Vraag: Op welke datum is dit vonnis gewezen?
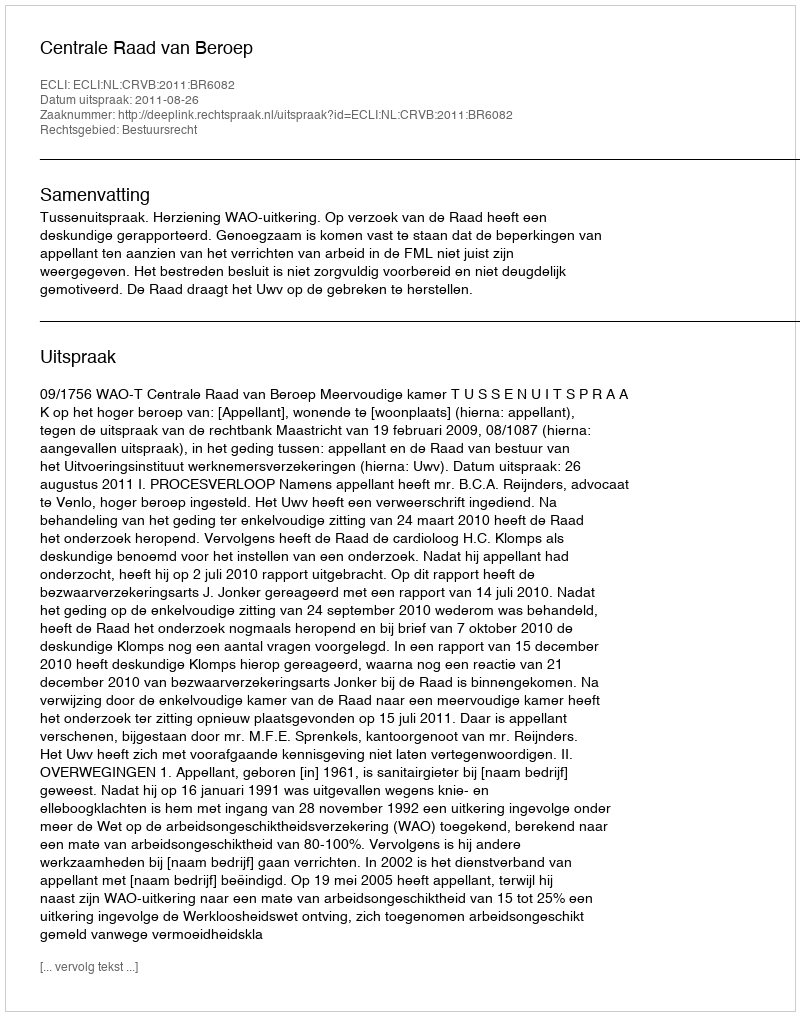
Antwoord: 2011-08-26